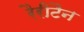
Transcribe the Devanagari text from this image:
रैरीटैन